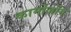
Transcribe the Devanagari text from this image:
कार्मोजोंग